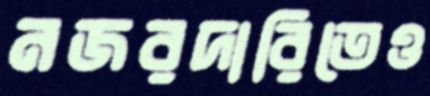
নজরদারিতেও